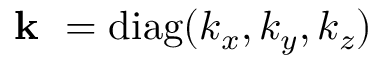
\textbf { k } = \mathrm { d i a g } ( k _ { x } , k _ { y } , k _ { z } )